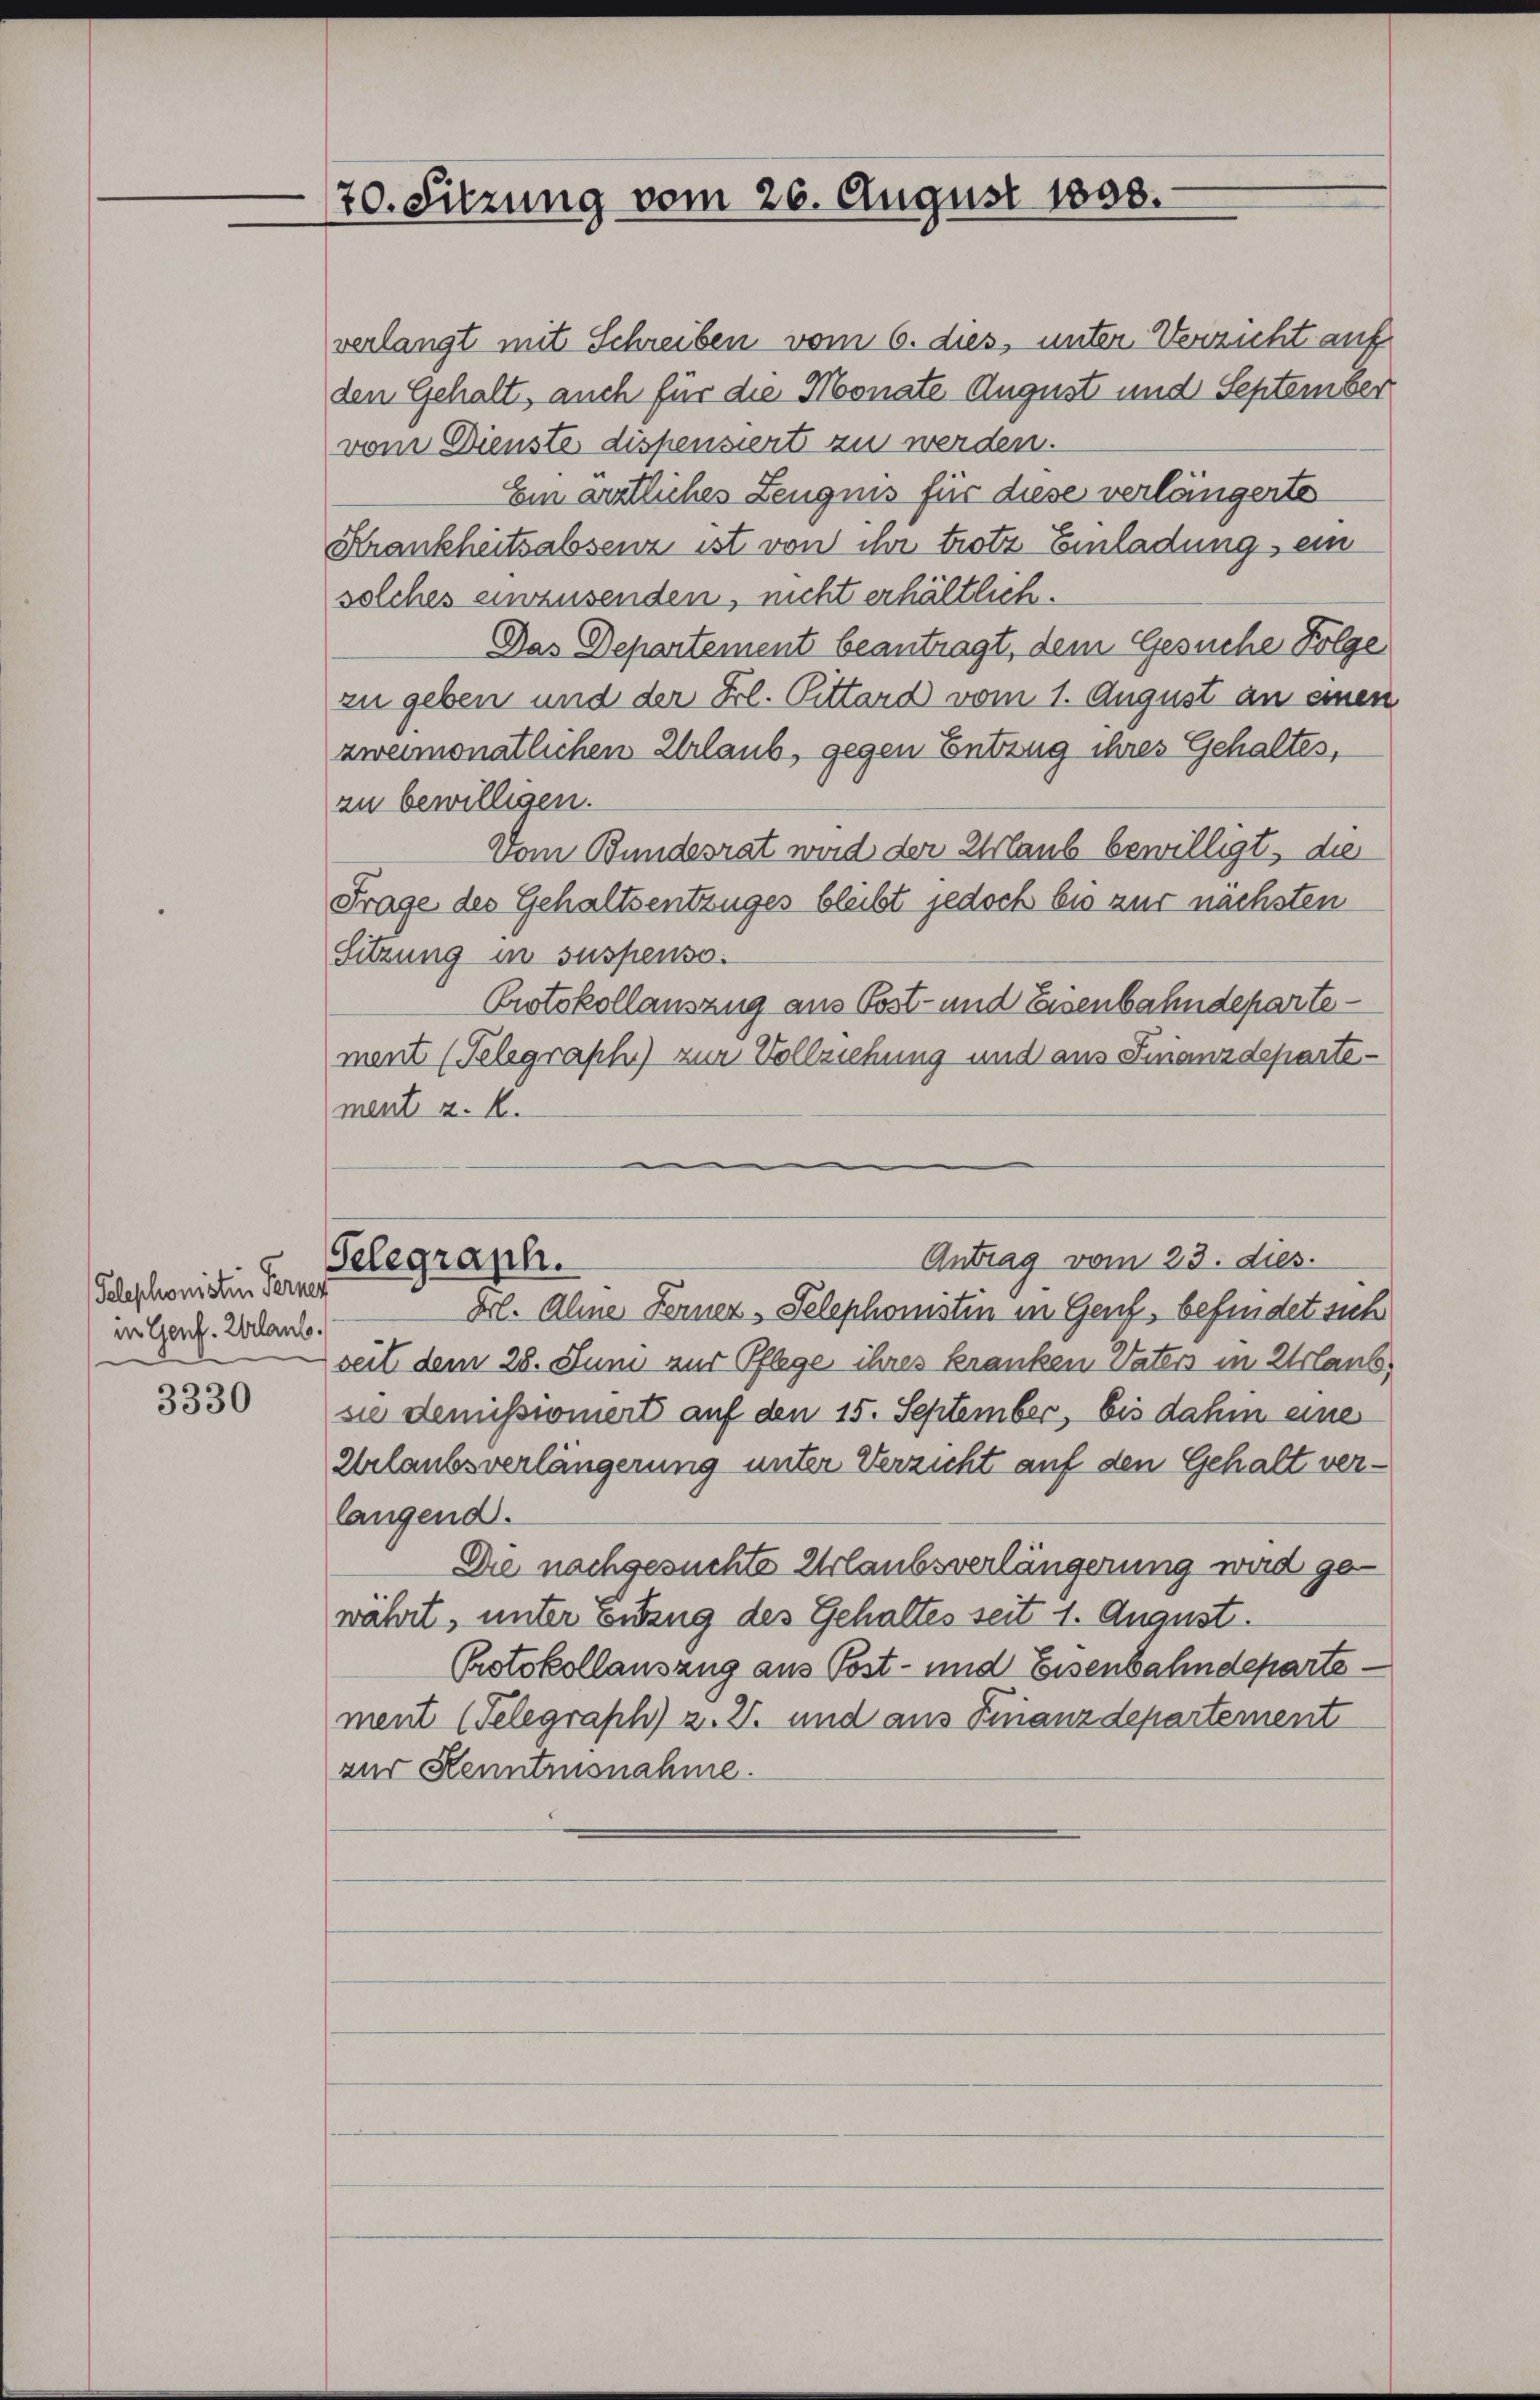
Telephonisten Ferner
in Genf. Erlaub.

3330

70. Sitzung vom 26. August 1858.

verlangt mit Schreiben vom 6. dies, unter Verzicht auf
den Gehalt, auch für die Monate August und September
vom Dienste dispensiert zu werden.
Ein ärztliches Zeugnis für diese verlängerte
Krankheitsabsenz ist von ihr trotz Einladung ein
solches einausenden, nicht erhältlich.
Das Departement beantragt, dem Gesuche Folge
zu geben und der Frl. Pittard vom 1. August an einen
zweimonatlichen Erlaub, gegen Entzug ihres Gehaltes,
zu bewilligen.
Vom Bundesrat wird der Urlaub bewilligt, dies
Frage des Gehaltsentzuges bleibt jedoch bis zur nächsten
Sitzung in suspenso.
Protokollauszug aus Post- und Eisenbahndeparte
ment (Telegraph) zur Vollziehung und aus Finanzdepartement z. B.
Antrag vom 23. dies
Telegraph.
Frl. Aline Ferner Telephonisten in Genf, befindet sich
seit dem 28. Juni zur Pflege ihres kranken Vaters in Urlaub,
sie demissioniert auf den 15. September, bis dahin eine
Urlaubsverlängerung unter Verzicht auf den Gehalt verlangend.
Die nachgesuchte Urlaubsverlängerung wird gewährt, unter Entzug des Gehaltes seit 1. August.
Protokollauszug aus Post- und Eisenbahndeparte
ment (Telegraph) z. Z. und aus Finanzdepartement
zur Kenntnisnahme.